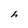
Character: h